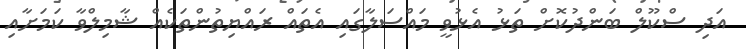
އަދި ސްކޫލް ބަންދުކޮށް ތަޅު އެޅުވީ މައްސަލާގައި އެތައް ރައްޔިތުންތަކެއް ޝާމިލްވާ ކަމަށާއި